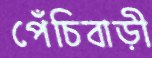
পেঁচিবাড়ী